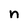
Character: n